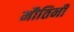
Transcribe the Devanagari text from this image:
मौतिनी